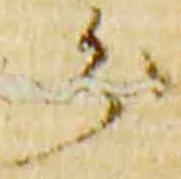
分